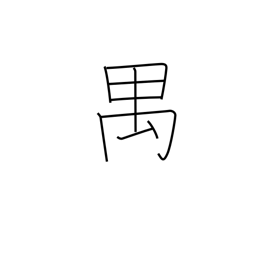
Meaning: long-tailed monkey